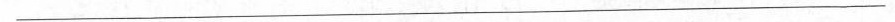
___